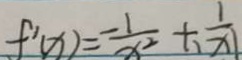
f ^ { \prime } ( x ) = \frac { - 1 } { x ^ { 2 } } + \frac { 1 } { \vert x \vert }